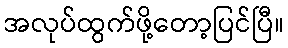
အလုပ်ထွက်ဖို့တော့ပြင်ပြီ။